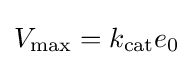
V_{\mathrm {max} }=k_{\mathrm {cat} }e_{0}